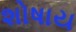
શોષાય